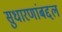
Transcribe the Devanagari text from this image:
सुधारणांबद्दल